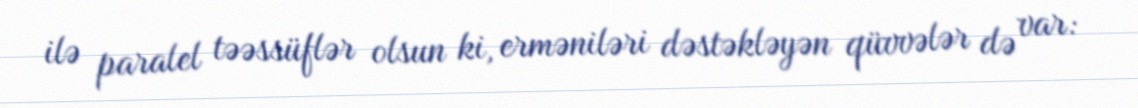
ilə paralel təəssüflər olsun ki, erməniləri dəstəkləyən qüvvələr də var: